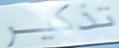
تذكر